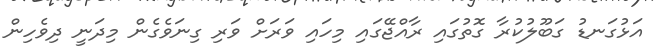
އަޅުގަނޑު ގަބޫލުކުރާ ގޮތުގައި ރާއްޖޭގައި މިހައި ވަރަށް ވަރި ގިނަވެގެން މިދަނީ ދިވެހިން